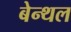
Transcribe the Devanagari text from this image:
बेन्थल